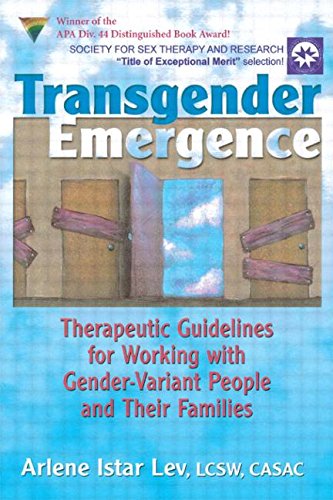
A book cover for Transgender Emergence: Therapeutic Guidelines for Working With Gender-Variant People and Their Families; Arlene Istar Lev; Gay & Lesbian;